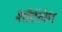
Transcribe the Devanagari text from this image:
शॉर्टलेग